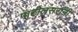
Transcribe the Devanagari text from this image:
पाटीलसरांनी